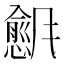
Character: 𬲇